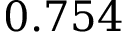
0 . 7 5 4